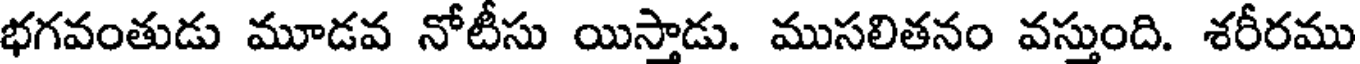
భగవంతుడు మూడవ నోటీసు యిస్తాడు. ముసలితనం వస్తుంది. శరీరము